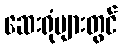
ဆေးရုံများတွင်